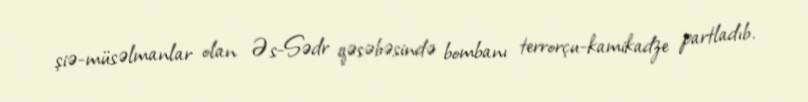
şiə-müsəlmanlar olan Əs-Sədr qəsəbəsində bombanı terrorçu-kamikadze partladıb.